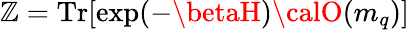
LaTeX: \mathbb{Z}=\mathrm{{Tr}}[\exp(-\betaH){\calO}(m_{q})]